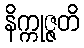
နိက္ကုဇ္ဇတိ